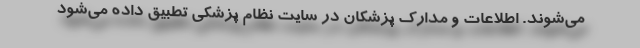
می‌شوند. اطلاعات و مدارک پزشکان در سایت نظام پزشکی تطبیق داده می‌شود